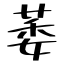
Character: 萎